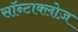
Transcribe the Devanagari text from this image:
सॉन्टाक्लोज़